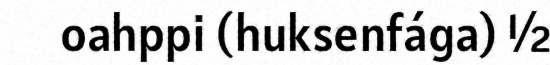
oahppi (huksenfága) ½